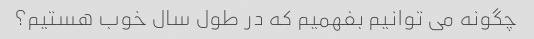
چگونه می توانیم بفهمیم که در طول سال خوب هستیم؟